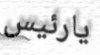
يارئيس